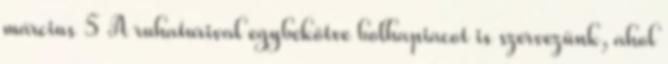
március 5 A ruhaturival egybekötve bolhapiacot is szervezünk, ahol